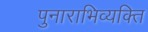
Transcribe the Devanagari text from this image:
पुनाराभिव्यक्ति